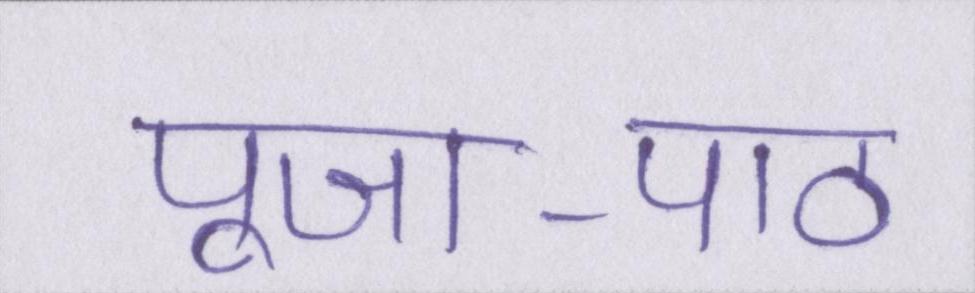
पूजा-पाठ